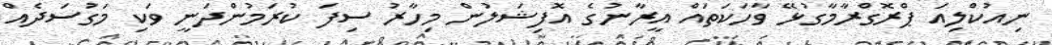
ނިއުކްލިއަ ޕްރޮގްރާމާގުޅޭ ވާހަކަތައް އީރާނުގެ އޮފިޝަލުން މިހާރު ސިފަ ކުރަމުންދަނީ ވަކި މަގުސަދެއް